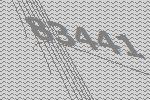
83441